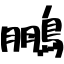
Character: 鵬